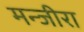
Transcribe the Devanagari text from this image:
मन्जीरा